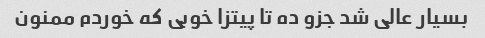
بسیار عالی شد جزو ده تا پیتزا خوبی که خوردم ممنون